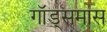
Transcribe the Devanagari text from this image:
गॉड्समास